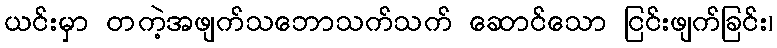
ယင်းမှာ တကဲ့အဖျက်သဘောသက်သက် ဆောင်သော ငြင်းဖျက်ခြင်း၊